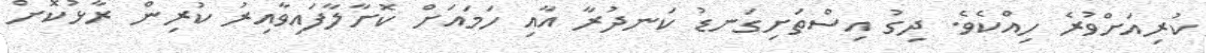
ކުރިއަށްވުރެ ހިއްކެވެ. ދިގު އިސްތަށިގަނޑު ކަނދުރާ އާއި ހަމައަށް ކޮށާލާފައިވާއިރު ކުރިން ރާޅުކޮށް